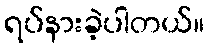
ရပ်နားခဲ့ပါတယ်။